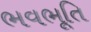
ભવભૂતિ